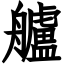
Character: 艫